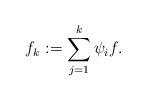
\begin{align*} f_k:=\sum_{j=1}^k\psi_i f. \end{align*}